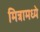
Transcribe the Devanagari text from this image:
मित्रामध्ये